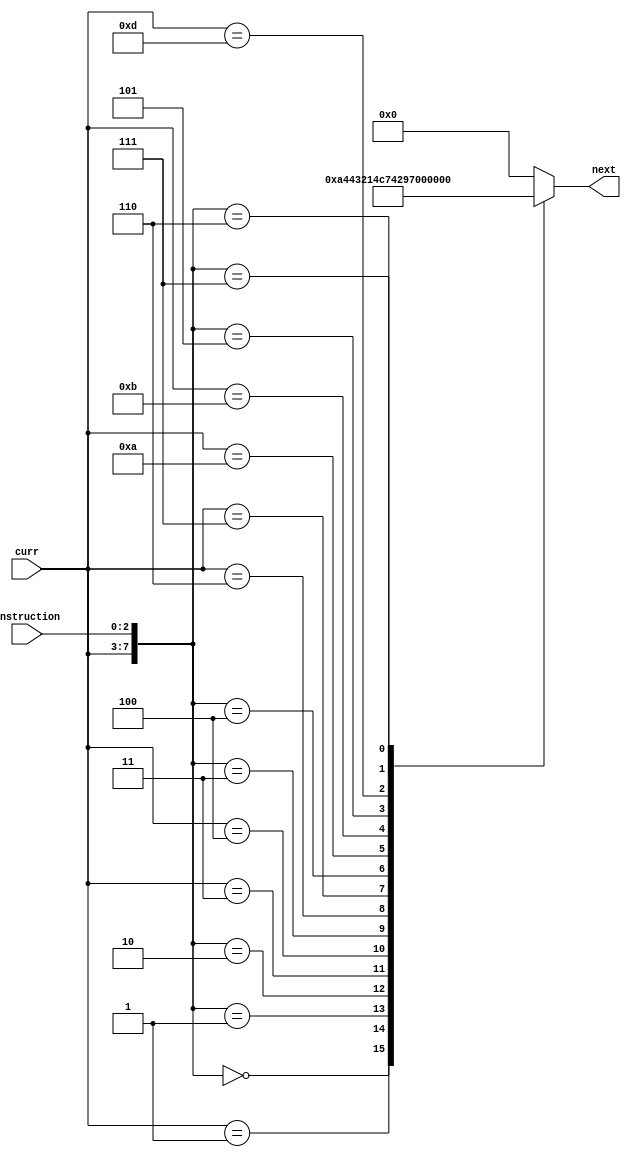
// States
`define initial_state 5'b00000
`define Load1 5'b00001
`define Move 5'b00010
`define Add1 5'b00011
`define Add2 5'b00100
`define Add3 5'b00101
`define Sub1 5'b00110
`define Sub2 5'b00111
`define Sub3 5'b01000
`define Load2 5'b01001
`define Xor1 5'b01010
`define Xor2 5'b01011
`define Xor3 5'b01100
`define ldPM1 5'b01101
`define ldPM2 5'b01110
`define Ldpc 5'b01111
`define Branch 5'b10000

// instructions
`define load 3'b000
`define mov 3'b001
`define add 3'b010
`define sub 3'b011
`define Xor 3'b100
`define ldPM 3'b101
`define ldpc 3'b110
`define branch 3'b111

//size
`define INSTRUCTION_SIZE 16
`define instruction_size 3
`define state_size 5
`define operand_size 13
`define ALU_mode_size 2
`define mem_addr_size 8

module Next_state(instruction, curr, next);
	input [`instruction_size-1:0] instruction;
	input [`state_size-1:0] curr;
	output reg [`state_size-1:0] next;
	
	
	always @(instruction, curr) begin
		casex({curr, instruction})
		// load
		{`initial_state, `load}: next = `Load1;
		{`Load1, {`instruction_size{1'b?}}}: next = `Load2;	// Replication Operator: https://www.nandland.com/verilog/examples/example-replication-operator.html
		{`Load2, {`instruction_size{1'b?}}}: next = `initial_state;
		
		// mov
		{`initial_state, `mov}: next = `Move;
		{`Move, {`instruction_size{1'b?}}}: next = `initial_state;
		
		// add
		{`initial_state, `add}: next = `Add1;
		{`Add1, {`instruction_size{1'b?}}}: next = `Add2;
		{`Add2, {`instruction_size{1'b?}}}: next = `Add3;
		{`Add3, {`instruction_size{1'b?}}}: next = `initial_state;
		
		// sub
		{`initial_state, `sub}: next = `Sub1;
		{`Sub1, {`instruction_size{1'b?}}}: next = `Sub2;
		{`Sub2, {`instruction_size{1'b?}}}: next = `Sub3;
		{`Sub3, {`instruction_size{1'b?}}}: next = `initial_state;
		
		// xor
		{`initial_state, `Xor}: next = `Xor1;
		{`Xor1, {`instruction_size{1'b?}}}: next = `Xor2;
		{`Xor2, {`instruction_size{1'b?}}}: next = `Xor3;
		{`Xor3, {`instruction_size{1'b?}}}: next = `initial_state;
		
		//ldPM
		{`initial_state, `ldPM}: next = `ldPM1;
		{`ldPM1, {`instruction_size{1'b?}}}: next = `ldPM2;
		{`ldPM2, {`instruction_size{1'b?}}}: next = `initial_state;
		
		//ldpc
		{`initial_state, `ldpc}: next = `Ldpc;
		{`Ldpc, {`instruction_size{1'b?}}}: next = `initial_state;
		
		//branch
		{`initial_state, `branch}: next = `Branch;
		{`Branch, {`instruction_size{1'b?}}}: next = `initial_state;
		default: next = `initial_state;
		endcase
	end
endmodule


module current_state_register(next, clk, reset, curr);
	input [`state_size-1:0] next;
	input clk, reset;
	output reg [`state_size-1:0] curr;
	
	always @(posedge clk, posedge reset) begin
		if (reset)
			curr <= `initial_state;
		else
			curr <= next;
	end
endmodule


module last_state_output_register #(parameter num_of_reg = 16) (curr_Rinout, clk, reset, last_Rinout);
	input [num_of_reg-1:0] curr_Rinout;
	input clk, reset;
	output reg [num_of_reg-1:0] last_Rinout;
	
	always @(posedge clk) begin
		if (reset)
			last_Rinout <= {num_of_reg{1'b0}};
		else
			last_Rinout <= curr_Rinout;
	end
endmodule


module output_control_signal
	#(parameter num_of_reg = 16)
	(input [`operand_size-1 : 0] operand,
	 input [`state_size-1:0] curr,
	 input [num_of_reg-1:0] last_Rxinout, last_Ryinout,
	 input [`mem_addr_size-1:0] last_mem_addr,
	 output reg [num_of_reg-1:0] Rin, Rout,
	 output reg [`ALU_mode_size-1:0] ALU_mode,
	 output reg ALU_a_in, ALU_g_in, ALU_g_out, Done, External_load, PC_in, PC_out, RAM_wren,
	 output reg [num_of_reg-1:0] Rxinout, Ryinout,
	 output reg [`mem_addr_size-1:0] mem_addr);
	/* 
	Number of registers: 16
	Number of bits to encode registers: 4
	ALU_mode:
		00 add
		01 sub
		10 xor
	*/
	
	localparam reg_encoding_bits = 4;
	localparam r0 = 'b0000,  r1 = 'b0001,  r2 = 'b0010,  r3 = 'b0011,
				  r4 = 'b0100,  r5 = 'b0101,  r6 = 'b0110,  r7 = 'b0111,
				  r8 = 'b1000,  r9 = 'b1001,  r10 = 'b1010, r11 = 'b1011,
				  r12 = 'b1100, r13 = 'b1101, r14 = 'b1110, r15 = 'b1111;
				  
	wire [reg_encoding_bits-1:0] op1, op2, op3;
	reg [num_of_reg-1:0] Rzinout;
	wire [`mem_addr_size-1:0] curr_mem_addr;
	
	assign op1 = operand[`operand_size-1:`operand_size - reg_encoding_bits];
	assign op2 = operand[`operand_size - reg_encoding_bits - 1 : `operand_size - 2*reg_encoding_bits];
	assign op3 = operand[`operand_size - 2*reg_encoding_bits - 1 : `operand_size - 3*reg_encoding_bits];
	assign curr_mem_addr = {op1, op2};
	
	always @(op1) begin
		case(op1)
		r0:  Rxinout = 'b0000_0000_0000_0001;
		r1:  Rxinout = 'b0000_0000_0000_0010;
		r2:  Rxinout = 'b0000_0000_0000_0100;
		r3:  Rxinout = 'b0000_0000_0000_1000;
		r4:  Rxinout = 'b0000_0000_0001_0000;
		r5:  Rxinout = 'b0000_0000_0010_0000;
		r6:  Rxinout = 'b0000_0000_0100_0000;
		r7:  Rxinout = 'b0000_0000_1000_0000;
		r8:  Rxinout = 'b0000_0001_0000_0000;
		r9:  Rxinout = 'b0000_0010_0000_0000;
		r10: Rxinout = 'b0000_0100_0000_0000;
		r11: Rxinout = 'b0000_1000_0000_0000;
		r12: Rxinout = 'b0001_0000_0000_0000;
		r13: Rxinout = 'b0010_0000_0000_0000;
		r14: Rxinout = 'b0100_0000_0000_0000;
		r15: Rxinout = 'b1000_0000_0000_0000;
		default: Rxinout = 'b0000_0000_0000_0000;
		endcase
	end
	
	always @(op2) begin
		case(op2)
		r0:  Ryinout = 'b0000_0000_0000_0001;
		r1:  Ryinout = 'b0000_0000_0000_0010;
		r2:  Ryinout = 'b0000_0000_0000_0100;
		r3:  Ryinout = 'b0000_0000_0000_1000;
		r4:  Ryinout = 'b0000_0000_0001_0000;
		r5:  Ryinout = 'b0000_0000_0010_0000;
		r6:  Ryinout = 'b0000_0000_0100_0000;
		r7:  Ryinout = 'b0000_0000_1000_0000;
		r8:  Ryinout = 'b0000_0001_0000_0000;
		r9:  Ryinout = 'b0000_0010_0000_0000;
		r10: Ryinout = 'b0000_0100_0000_0000;
		r11: Ryinout = 'b0000_1000_0000_0000;
		r12: Ryinout = 'b0001_0000_0000_0000;
		r13: Ryinout = 'b0010_0000_0000_0000;
		r14: Ryinout = 'b0100_0000_0000_0000;
		r15: Ryinout = 'b1000_0000_0000_0000;
		default: Ryinout = 'b0000_0000_0000_0000;
		endcase
	end
	
	always @(op3) begin
		case(op3)
		r0:  Rzinout = 'b0000_0000_0000_0001;
		r1:  Rzinout = 'b0000_0000_0000_0010;
		r2:  Rzinout = 'b0000_0000_0000_0100;
		r3:  Rzinout = 'b0000_0000_0000_1000;
		r4:  Rzinout = 'b0000_0000_0001_0000;
		r5:  Rzinout = 'b0000_0000_0010_0000;
		r6:  Rzinout = 'b0000_0000_0100_0000;
		r7:  Rzinout = 'b0000_0000_1000_0000;
		r8:  Rzinout = 'b0000_0001_0000_0000;
		r9:  Rzinout = 'b0000_0010_0000_0000;
		r10: Rzinout = 'b0000_0100_0000_0000;
		r11: Rzinout = 'b0000_1000_0000_0000;
		r12: Rzinout = 'b0001_0000_0000_0000;
		r13: Rzinout = 'b0010_0000_0000_0000;
		r14: Rzinout = 'b0100_0000_0000_0000;
		r15: Rzinout = 'b1000_0000_0000_0000;
		default: Rzinout = 'b0000_0000_0000_0000;
		endcase
	end
	
	always @(curr) begin
		casex(curr)
		`initial_state: begin 
			Rin <= {num_of_reg{1'b0}};
			Rout <= {num_of_reg{1'b0}}; 
			ALU_a_in <= 1'b0;
			ALU_g_in <= 1'b0;
			ALU_g_out <= 1'b0;
			Done <= 1'b0;
			External_load <= 1'b0;
			ALU_mode <= 2'bxx;
			PC_in <= 1'b0;
			PC_out <= 1'b0;
			RAM_wren <= 1'b0;
			mem_addr <= {`mem_addr_size{1'bx}};
			end
		
		`Load1: begin 
			Rin <= {num_of_reg{1'b0}};
			Rout <= {num_of_reg{1'b0}}; 
			ALU_a_in <= 1'b0;
			ALU_g_in <= 1'b0;
			ALU_g_out <= 1'b0;
			Done <= 1'b1;
			External_load <= 1'b0;
			ALU_mode <= 2'bxx;
			PC_in <= 1'b0;
			PC_out <= 1'b0;
			RAM_wren <= 1'b0;
			mem_addr <= {`mem_addr_size{1'bx}};
			end
			
		`Load2: begin 
			Rin <= last_Rxinout;
			Rout <= {num_of_reg{1'b0}};
			ALU_a_in <= 1'b0;
			ALU_g_in <= 1'b0;
			ALU_g_out <= 1'b0;
			Done <= 1'b1;
			External_load <= 1'b1;
			ALU_mode <= 2'bxx;
			PC_in <= 1'b0;
			PC_out <= 1'b0;
			RAM_wren <= 1'b0;
			mem_addr <= {`mem_addr_size{1'bx}};
			end
			
		`Move: begin
			Rin <= Rxinout; 
			Rout <= Ryinout; 
			ALU_a_in <= 1'b0;
			ALU_g_in <= 1'b0;
			ALU_g_out <= 1'b0;
			Done <= 1'b1;
			External_load <= 1'b0;
			ALU_mode <= 2'bxx;
			PC_in <= 1'b0;
			PC_out <= 1'b0;
			RAM_wren <= 1'b0;
			mem_addr <= {`mem_addr_size{1'bx}};
			end
		
		`Add1: begin
			Rin <= {num_of_reg{1'b0}}; 
			Rout <= Rxinout; 
			ALU_a_in <= 1'b1;
			ALU_g_in <= 1'b0;
			ALU_g_out <= 1'b0;
			Done <= 1'b0;
			External_load <= 1'b0;
			ALU_mode <= 2'bxx;
			PC_in <= 1'b0;
			PC_out <= 1'b0;
			RAM_wren <= 1'b0;
			mem_addr <= {`mem_addr_size{1'bx}};
			end
		
		`Add2: begin
			Rin <= {num_of_reg{1'b0}}; 
			Rout <= Ryinout; 
			ALU_a_in <= 1'b0;
			ALU_g_in <= 1'b1;
			ALU_g_out <= 1'b0;
			Done <= 1'b0;
			External_load <= 1'b0;
			ALU_mode <= 2'b00; // add
			PC_in <= 1'b0;
			PC_out <= 1'b0;
			RAM_wren <= 1'b0;
			mem_addr <= {`mem_addr_size{1'bx}};
			end
			
		`Add3: begin
			Rin <= Rxinout; 
			Rout <= {num_of_reg{1'b0}}; 
			ALU_a_in <= 1'b0;
			ALU_g_in <= 1'b0;
			ALU_g_out <= 1'b1;
			Done <= 1'b1;
			External_load <= 1'b0;
			ALU_mode <= 2'bxx;
			PC_in <= 1'b0;
			PC_out <= 1'b0;
			RAM_wren <= 1'b0;
			mem_addr <= {`mem_addr_size{1'bx}};
			end
		
		`Sub1: begin
			Rin <= {num_of_reg{1'b0}}; 
			Rout <= Rxinout; 
			ALU_a_in <= 1'b1;
			ALU_g_in <= 1'b0;
			ALU_g_out <= 1'b0;
			Done <= 1'b0;
			External_load <= 1'b0;
			ALU_mode <= 2'bxx;
			PC_in <= 1'b0;
			PC_out <= 1'b0;
			RAM_wren <= 1'b0;
			mem_addr <= {`mem_addr_size{1'bx}};
			end
		
		`Sub2: begin
			Rin <= {num_of_reg{1'b0}}; 
			Rout <= Ryinout; 
			ALU_a_in <= 1'b0;
			ALU_g_in <= 1'b1;
			ALU_g_out <= 1'b0;
			Done <= 1'b0;
			External_load <= 1'b0;
			ALU_mode <= 2'b01; // sub
			PC_in <= 1'b0;
			PC_out <= 1'b0;
			RAM_wren <= 1'b0;
			mem_addr <= {`mem_addr_size{1'bx}};
			end
			
		`Sub3: begin
			Rin <= Rxinout; 
			Rout <= {num_of_reg{1'b0}}; 
			ALU_a_in <= 1'b0;
			ALU_g_in <= 1'b0;
			ALU_g_out <= 1'b1;
			Done <= 1'b1;
			External_load <= 1'b0;
			ALU_mode <= 2'bxx;
			PC_in <= 1'b0;
			PC_out <= 1'b0;
			RAM_wren <= 1'b0;
			mem_addr <= {`mem_addr_size{1'bx}};
			end
		
		`Xor1: begin
			Rin <= {num_of_reg{1'b0}}; 
			Rout <= Rxinout; 
			ALU_a_in <= 1'b1;
			ALU_g_in <= 1'b0;
			ALU_g_out <= 1'b0;
			Done <= 1'b0;
			External_load <= 1'b0;
			ALU_mode <= 2'bxx;
			PC_in <= 1'b0;
			PC_out <= 1'b0;
			RAM_wren <= 1'b0;
			mem_addr <= {`mem_addr_size{1'bx}};
			end
		
		`Xor2: begin
			Rin <= {num_of_reg{1'b0}}; 
			Rout <= Ryinout; 
			ALU_a_in <= 1'b0;
			ALU_g_in <= 1'b1;
			ALU_g_out <= 1'b0;
			Done <= 1'b0;
			External_load <= 1'b0;
			ALU_mode <= 2'b10; // xor
			PC_in <= 1'b0;
			PC_out <= 1'b0;
			RAM_wren <= 1'b0;
			mem_addr <= {`mem_addr_size{1'bx}};
			end
			
		`Xor3: begin
			Rin <= Rxinout; 
			Rout <= {num_of_reg{1'b0}}; 
			ALU_a_in <= 1'b0;
			ALU_g_in <= 1'b0;
			ALU_g_out <= 1'b1;
			Done <= 1'b1;
			External_load <= 1'b0;
			ALU_mode <= 2'bxx;
			PC_in <= 1'b0;
			PC_out <= 1'b0;
			RAM_wren <= 1'b0;
			mem_addr <= {`mem_addr_size{1'bx}};
			end
		
		`ldPM1: begin 
			Rin <= {num_of_reg{1'b0}};
			Rout <= {num_of_reg{1'b0}}; 
			ALU_a_in <= 1'b0;
			ALU_g_in <= 1'b0;
			ALU_g_out <= 1'b0;
			Done <= 1'b1;
			External_load <= 1'b0;
			ALU_mode <= 2'bxx;
			PC_in <= 1'b0;
			PC_out <= 1'b0;
			RAM_wren <= 1'b0;
			mem_addr <= curr_mem_addr;
			end
			
		`ldPM2: begin 
			Rin <= {num_of_reg{1'b0}};
			Rout <= {num_of_reg{1'b0}};
			ALU_a_in <= 1'b0;
			ALU_g_in <= 1'b0;
			ALU_g_out <= 1'b0;
			Done <= 1'b1;
			External_load <= 1'b1;
			ALU_mode <= 2'bxx;
			PC_in <= 1'b0;
			PC_out <= 1'b0;
			RAM_wren <= 1'b1;
			mem_addr <= last_mem_addr;
			end
		
		`Ldpc: begin
			Rin <= Rxinout; 
			Rout <= {num_of_reg{1'b0}};
			ALU_a_in <= 1'b0;
			ALU_g_in <= 1'b0;
			ALU_g_out <= 1'b0;
			Done <= 1'b1;
			External_load <= 1'b0;
			ALU_mode <= 2'bxx;
			PC_in <= 1'b0;
			PC_out <= 1'b1;
			RAM_wren <= 1'b0;
			mem_addr <= {`mem_addr_size{1'bx}};
			end
		
		`Branch: begin
			Rin <= {num_of_reg{1'b0}}; 
			Rout <= Rxinout;
			ALU_a_in <= 1'b0;
			ALU_g_in <= 1'b0;
			ALU_g_out <= 1'b0;
			Done <= 1'b1;
			External_load <= 1'b0;
			ALU_mode <= 2'bxx;
			PC_in <= 1'b1;
			PC_out <= 1'b0;
			RAM_wren <= 1'b0;
			mem_addr <= {`mem_addr_size{1'bx}};
			end
		endcase
	end
endmodule


module control_circuit
	#(parameter num_of_reg = 16)
	(input [`INSTRUCTION_SIZE - 1 : 0] INSTRUCTION,
	 input clk, reset,
	 output [num_of_reg-1:0] Rin, Rout,
	 output [`ALU_mode_size-1:0] ALU_mode,
	 output ALU_a_in, ALU_g_in, ALU_g_out, Done, External_load, PC_in, PC_out, RAM_wren,
	 output [`mem_addr_size-1:0] RAM_addr);
	 
	 wire [`instruction_size-1:0] instruction;
	 wire [`operand_size-1:0] operand;
	 wire [`state_size-1:0] current_state, next_state;
	 wire [num_of_reg-1:0] curr_Rxinout, curr_Ryinout, last_Rxinout, last_Ryinout;
	 wire [`mem_addr_size-1:0] last_mem_addr_wire;
	 
	 
	 assign instruction = INSTRUCTION[`INSTRUCTION_SIZE - 1 : `INSTRUCTION_SIZE - `instruction_size];
	 assign operand = INSTRUCTION[`INSTRUCTION_SIZE - `instruction_size - 1 : 0];
	 
	 Next_state NS(instruction, current_state, next_state);
	 
	 current_state_register CS(next_state, clk, reset, current_state);
	 
	 last_state_output_register #(.num_of_reg(num_of_reg)) Last_Rxinout(curr_Rxinout, clk, reset, last_Rxinout);
	 last_state_output_register #(.num_of_reg(num_of_reg)) Last_Ryinout(curr_Ryinout, clk, reset, last_Ryinout);
	 last_state_output_register #(.num_of_reg(`mem_addr_size)) Last_RAM_addr(RAM_addr, clk, reset, last_mem_addr_wire);
	 
	 output_control_signal #(.num_of_reg(num_of_reg)) OUT
		(.operand(operand),
		 .curr(current_state),
		 .last_Rxinout(last_Rxinout), .last_Ryinout(last_Ryinout),
		 .Rin(Rin), .Rout(Rout),
		 .ALU_a_in(ALU_a_in),
		 .ALU_g_in(ALU_g_in),
		 .ALU_g_out(ALU_g_out),
		 .Done(Done),
		 .External_load(External_load),
		 .ALU_mode(ALU_mode),
		 .Rxinout(curr_Rxinout), .Ryinout(curr_Ryinout),
		 .PC_in(PC_in), .PC_out(PC_out), .RAM_wren(RAM_wren),
		 .last_mem_addr(last_mem_addr_wire), .mem_addr(RAM_addr));
endmodule